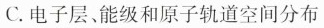
C.电子层、能级和原子轨道空间分布